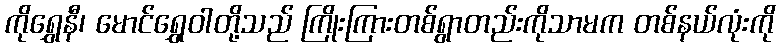
ကိုရွှေနီ၊ မောင်ရွှေဝါတို့သည် ကြိုးကြားတစ်ရွာတည်းကိုသာမက တစ်နယ်လုံးကို